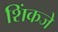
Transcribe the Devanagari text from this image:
शिंकजे